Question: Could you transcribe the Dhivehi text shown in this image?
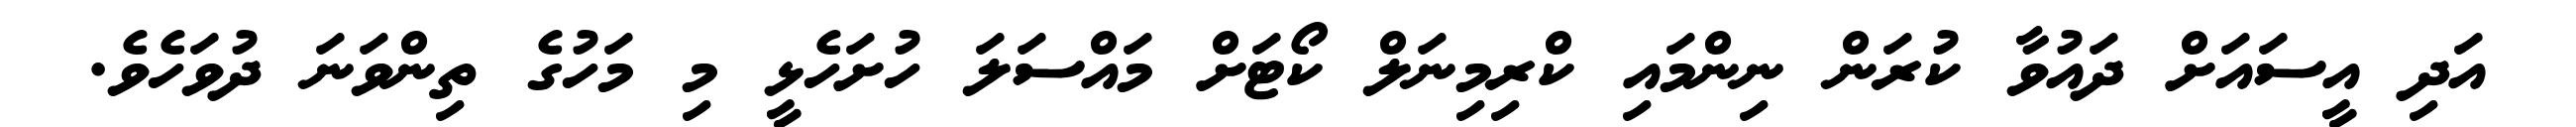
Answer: އަދި އީސައަށް ދައުވާ ކުރަން ނިންމައި ކްރިމިނަލް ކޯޓަށް މައްސަލަ ހުށަހެޅީ މި މަހުގެ ތިންވަނަ ދުވަހެވެ.